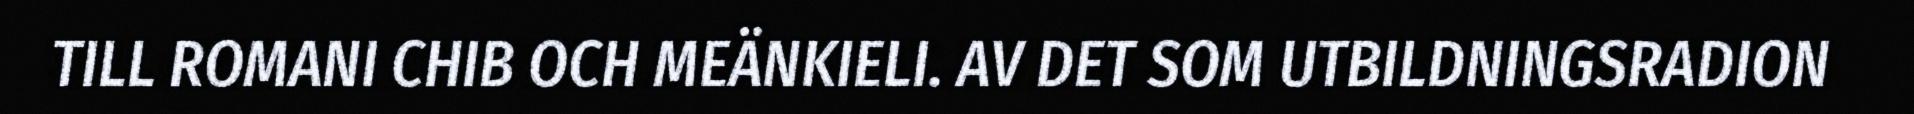
TILL ROMANI CHIB OCH MEÄNKIELI. AV DET SOM UTBILDNINGSRADION